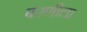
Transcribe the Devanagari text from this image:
बरणीला